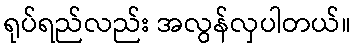
ရုပ်ရည်လည်း အလွန်လှပါတယ်။